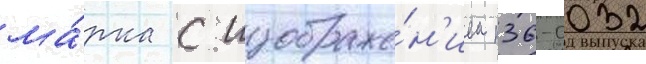
ма́рка с изображе́н'ием п36-0032